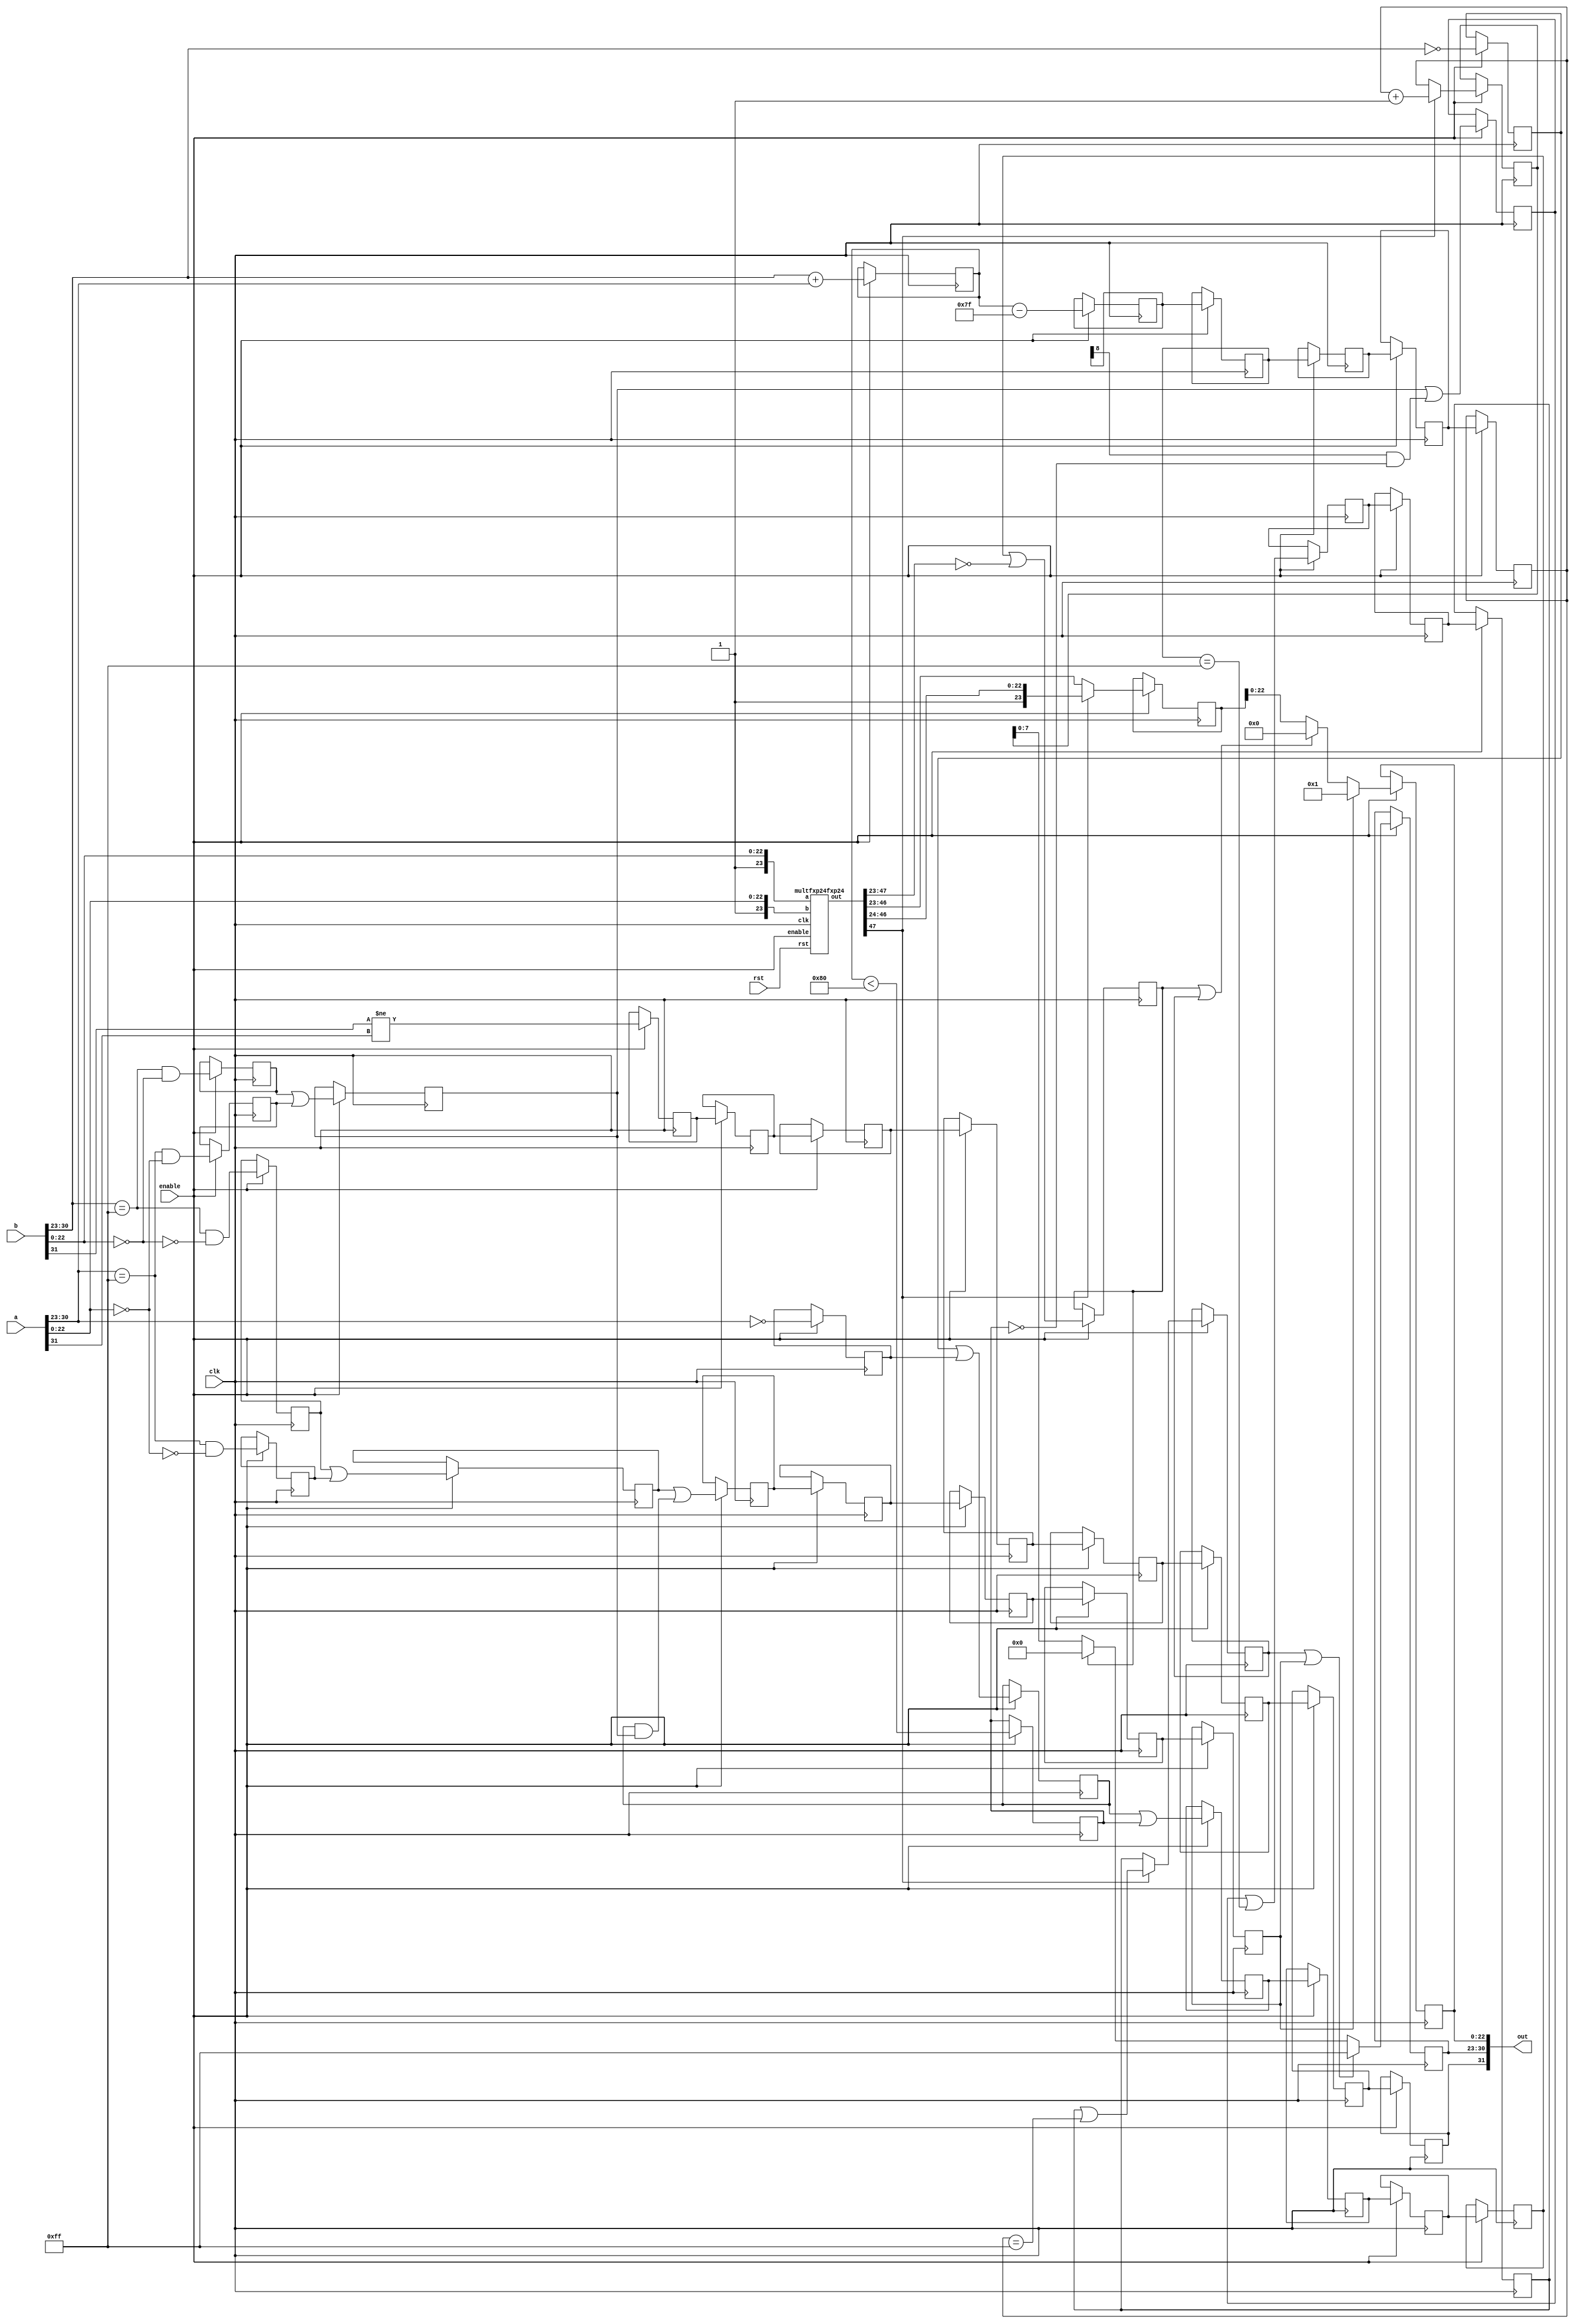
module multfp32fp32(clk, enable, rst, a, b, out);
   input [31:0] a, b;
   output [31:0] out;
   input  clk, enable, rst;

   wire signA, signB; 
   wire [7:0] expA, expB;
   wire [23:0] sigA, sigB;

   assign signA=b[31];
   assign expA=b[30:23];
   assign sigA={1'b1,b[22:0]};

   assign signB=a[31];
   assign expB=a[30:23];
   assign sigB={1'b1,a[22:0]};
   
   reg    signP_m0;
   reg [8:0] expP_m0;

   wire [47:0] mult_res0;
   
   
   multfxp24fxp24 mult(clk, enable, rst, sigA, sigB, mult_res0);

   reg         isNaN_a0, isNaN_b0, isZero_a0, isZero_b0, isInf_a0, isInf_b0;   

   wire        sigAZero, sigBZero;
   
   assign      sigAZero = (sigA[22:0] == 0);
   assign      sigBZero = (sigB[22:0] == 0);
      
   // stage 1 mult stage 1
   always@(posedge clk) if (enable) begin
      isNaN_a0 <= (expA == 8'hff) && !sigAZero;
      isNaN_b0 <= (expB == 8'hff) && !sigBZero;

      isZero_a0 <= (expA == 8'h00);
      isZero_b0 <= (expB == 8'h00);

      isInf_a0 <= (expA == 8'hff) && sigAZero;
      isInf_b0 <= (expB == 8'hff) && sigBZero;
      
      signP_m0 <= signA != signB;
      expP_m0 <= expA + expB;
   end 

   reg signP_m1, zero_m1, inf_m1, nan_m1, under_m1;
   reg [8:0] expP_m1;

   // stage 2 mult stage 2
   always@(posedge clk) if (enable) begin
      zero_m1 <= isZero_a0 || isZero_b0;
      inf_m1 <= isInf_a0 || isInf_b0;
      nan_m1 <= isNaN_a0 || isNaN_b0;
      under_m1 <= (expP_m0 < 128);
      
      signP_m1 <= signP_m0;
      expP_m1 <= expP_m0 - 127;
   end 

   reg signP_m2, zero_m2, inf_m2, nan_m2; 
   reg [8:0] expP_m2;

   // stage 3 mult stage 3
   always@(posedge clk) if (enable) begin
      zero_m2 <= zero_m1 || under_m1;
      inf_m2 <= (inf_m1 || (expP_m1[8] && ~under_m1));
      nan_m2 <= nan_m1 || (zero_m1 && inf_m1); // 0 * infty = NaN
            
      signP_m2<=signP_m1;      
      expP_m2<=expP_m1;
   end 

   reg signP_m3, zero_m3, inf_m3, nan_m3; 
   reg [8:0] expP_m3;

   // stage 4 mult stage 4
   always@(posedge clk) if (enable) begin
      zero_m3 <= zero_m2;
      inf_m3 <= (inf_m2 || (expP_m2 == 9'h0ff));
      nan_m3 <= nan_m2;
      
      signP_m3<=signP_m2;
      expP_m3<=expP_m2;
   end 

   reg signP_m4, zero_m4, inf_m4, nan_m4; 
   reg [8:0] expP_m4;

   // stage 5 mult stage 5
   always@(posedge clk) if (enable) begin
      zero_m4 <= zero_m3;
      inf_m4 <= inf_m3;
      nan_m4 <= nan_m3;
      
      signP_m4<=signP_m3;      
      expP_m4<=expP_m3;
   end

   reg signP_m5, zero_m5, inf_m5, nan_m5;
   reg [8:0] expP_m5;

   
   // stage 6 mult stage 6
   always@(posedge clk) if (enable) begin
      zero_m5 <= zero_m4;
      inf_m5 <= inf_m4;
      nan_m5 <= nan_m4;
      
      signP_m5<=signP_m4;      
      expP_m5 <= expP_m4;
      
   end

   reg signP_m6, zero_m6, inf_m6, nan_m6;   
   reg [8:0] expP_m6;
   reg [23:0] sig_m6;

   // stage 7 --  mult output here!
   // normalize product
   always@(posedge clk) if (enable) begin

      zero_m6 <= (zero_m5 || (mult_res0[47:23] == 0));
      nan_m6 <= nan_m5;      
      
      signP_m6 <= signP_m5;      

      if (mult_res0[47] == 1'b1) begin
        expP_m6 <= expP_m5+1;
        sig_m6 <= mult_res0[47:24];
        inf_m6 <= (inf_m5 || (expP_m5 == 9'h0ff));  
      end
      else begin
        expP_m6 <= expP_m5;
        sig_m6 <= mult_res0[46:23];
        inf_m6 <= inf_m5;   
      end  
   end

   reg signP_m7;
   reg [7:0] expP_m7;
   reg [22:0] sig_m7;
   
   // stage 8: cleanup
   always@(posedge clk) if (enable) begin
      signP_m7 <= signP_m6;
      if (inf_m6 || nan_m6)
        expP_m7 <= 8'hff;
      else if (zero_m6)
        expP_m7 <= 8'h00;
      else
        expP_m7 <= expP_m6;

      if (nan_m6)
        sig_m7 <= 1;
      else if (zero_m6 || inf_m6)
        sig_m7 <= 0;
      else
        sig_m7 <= sig_m6[22:0];      
   end

   assign out = {signP_m7, expP_m7, sig_m7};   
   
endmodule


module multfxp24fxp24(clk, enable, rst, a, b, out);
  parameter WIDTH=24, CYCLES=6;
  input  [WIDTH-1:0]   a,b;
  output [2*WIDTH-1:0] out;
  input                clk, rst,enable;
  reg [2*WIDTH-1:0]    q[CYCLES-1:0];
  integer              i;

  assign               out = q[CYCLES-1];

  always @(posedge clk) begin
    q[0] <= a * b;
    for (i = 1; i < CYCLES; i=i+1) begin
        q[i] <= q[i-1];
    end
  end
endmodule 


module subfp32(clk, enable, rst,  a, b, out);

   input [31:0] a, b;
   output [31:0] out;
   input   clk, enable, rst;  

   addfp32 xyz(.clk(clk), .enable(enable), .rst(rst),  .a(a), .b(b^32'h80000000), .out(out));
endmodule

module addfp32(clk, enable, rst,  a, b, out);

   input [31:0] a, b;
   output [31:0] out;
   input   clk, enable, rst;  

   wire [7:0] expA;
   wire [23:0] sigA;

   assign expA=a[30:23];
   assign sigA={1'b1,a[22:0]};
  
   wire [7:0] expB;
   wire [23:0] sigB;

   assign expB=b[30:23];
   assign sigB={1'b1,b[22:0]};

   reg [31:0] Big, Small;
   reg [7:0] expDiff;

   // stage 1 swap A, B
   always@(posedge clk) if (enable) begin
     if (expA>expB) begin
  // A has larger exp
        Big<=a;
       Small<=b;
        expDiff<=expA-expB;
     end else if (expA==expB) begin
        if (sigA>=sigB) begin
    // A has larger sig
          Big<=a;
         Small<=b;
          expDiff<=expA-expB;
        end else begin
          Small<=a;
         Big<=b;
          expDiff<=expB-expA;
        end
     end else begin
        Small<=a;
        Big<=b;
        expDiff<=expB-expA;
     end
  end

  wire signBig; 
  wire [7:0] expBig;
  wire [23:0] sigBig;

  assign signBig=Big[31];
  assign expBig=Big[30:23];
  assign sigBig=(expBig!=0)?{1'b1,Big[22:0]}:0;

  wire signSmall; 
  wire [7:0] expSmall;
  wire [23:0] sigSmall;

  assign signSmall=Small[31];
  assign expSmall=Small[30:23];
  assign sigSmall=(expDiff[7:5]||(expSmall==0))?0:(expDiff[4]?{16'h0000,1'b1,Small[22:16]}:{1'b1,Small[22:0]});

  reg signSum_a0; 
  reg [7:0] expSum_a0;
  reg [23:0] sigBig_a0;
  reg [23:0] sigSmall_a0;
  reg [3:0] expDiff_a0;
  reg add_a0;

  // stage 2 align addend coarse part 1 
  always@(posedge clk) if (enable) begin
    signSum_a0<=signBig;
    expSum_a0<=expBig;
    sigBig_a0<=sigBig;
    sigSmall_a0<=sigSmall;
    expDiff_a0<=expDiff[3:0];
    add_a0<=signSmall==signBig;
  end

  reg signSum_a1; 
  reg [7:0] expSum_a1;
  reg [23:0] sigBig_a1;
  reg [23:0] sigSmall_a1;
  reg [1:0] expDiff_a1;
  reg add_a1;

  // stage 3  align addend fine part 2
  always@(posedge clk) if (enable) begin
    signSum_a1<=signSum_a0;
    expSum_a1<=expSum_a0;
    sigBig_a1<=sigBig_a0;
    expDiff_a1<=expDiff_a0;
    add_a1<=add_a0;

    if (expDiff_a0[3:2]==2'b11) begin
      sigSmall_a1<={12'h000,sigSmall_a0[23:12]};
    end else if (expDiff_a0[3:2]==2'b10) begin
      sigSmall_a1<={8'h00,sigSmall_a0[23:8]};
    end else if (expDiff_a0[3:2]==2'b01) begin
      sigSmall_a1<={4'h0,sigSmall_a0[23:4]};
    end else begin 
      sigSmall_a1<=sigSmall_a0;
    end
  end


  reg signSum_a2; 
  reg [7:0] expSum_a2;
  reg [23:0] sigBig_a2;
  reg [23:0] sigSmall_a2;
  reg add_a2;

  // stage 4  align addend finest part 3
  always@(posedge clk) if (enable) begin
    signSum_a2<=signSum_a1;
    expSum_a2<=expSum_a1;
    sigBig_a2<=sigBig_a1;
    add_a2<=add_a1;

    if (expDiff_a1[1:0]==2'b11) begin
      sigSmall_a2<={3'h0,sigSmall_a1[23:3]};
    end else if (expDiff_a1[1:0]==2'b10) begin
      sigSmall_a2<={2'h0,sigSmall_a1[23:2]};
    end else if (expDiff_a1[1:0]==2'b01) begin
      sigSmall_a2<={1'h0,sigSmall_a1[23:1]};
    end else begin 
      sigSmall_a2<=sigSmall_a1;
    end
  end

  reg signSum_s0; 
  reg [8:0] expSum_s0;
  reg [24:0] sigSum_s0;
  reg of_s0;

  // stage 5  do addition/substraction
  always@(posedge clk) if (enable) begin
    signSum_s0<=signSum_a2;
    expSum_s0<={1'b0,expSum_a2};
    of_s0<=(expSum_a2==8'hff)?1:0;

    if (add_a2) begin 
      sigSum_s0<={1'b0,sigBig_a2}+{1'b0,sigSmall_a2};
    end else begin
      sigSum_s0<={1'b0,sigBig_a2}-{1'b0,sigSmall_a2};
    end
  end


  reg signSum_n0; 
  reg [8:0] expSum_n0;
  reg [23:0] sigSum_n0;
  reg of_n0;
  
  // stage 6  renormalize after add
  always@(posedge clk) if (enable) begin
    signSum_n0<=signSum_s0;
    if (sigSum_s0[24] && (!of_s0)) begin
      expSum_n0<=expSum_s0+1;
      sigSum_n0<=sigSum_s0[24:1];
      of_n0<=(expSum_s0==9'h0fe);
    end else begin
      expSum_n0<=expSum_s0;
      sigSum_n0<=sigSum_s0[23:0];
      of_n0<=of_s0;
    end
  end 

  reg signSum_n1; 
  reg [8:0] expSum_n1;
  reg [23:0] sigSum_n1;
  reg of_n1;

  // stage 7  renormalized after subtract coarse
  always@(posedge clk) if (enable) begin
    signSum_n1<=signSum_n0;
    of_n1<=of_n0;    

    if (sigSum_n0[23:16]==8'h00) begin
      expSum_n1<=expSum_n0-8;
      sigSum_n1<={sigSum_n0[16:0],8'h00};
    end else begin
      expSum_n1<=expSum_n0;
      sigSum_n1<=sigSum_n0;
    end
  end 

  reg signSum_n2; 
  reg [8:0] expSum_n2;
  reg [23:0] sigSum_n2;
  reg of_n2;

  // stage 8  
  always@(posedge clk) if (enable) begin
    signSum_n2<=signSum_n1;
    of_n2<=of_n1;

    if (sigSum_n1[23:16]==8'h00) begin
      expSum_n2<=expSum_n1-8;
      sigSum_n2<={sigSum_n1[16:0],8'h00};
    end else begin
      expSum_n2<=expSum_n1;
      sigSum_n2<=sigSum_n1;
    end
  end 

  reg signSum_n3; 
  reg [8:0] expSum_n3;
  reg [23:0] sigSum_n3;
  reg of_n3;

  // stage 9  
  always@(posedge clk) if (enable) begin
    signSum_n3<=signSum_n2;
    of_n3<=of_n2;

    if (sigSum_n2[23:20]==4'h0) begin
      expSum_n3<=expSum_n2-4;
      sigSum_n3<={sigSum_n2[20:0],4'h0};
    end else begin
      expSum_n3<=expSum_n2;
      sigSum_n3<=sigSum_n2;
    end
  end 


  reg signSum_n4;
  reg [8:0] expSum_n4;
  reg [23:0] sigSum_n4;
  reg of_n4;

  // stage 10  
  always@(posedge clk) if (enable) begin
    signSum_n4<=signSum_n3;
    of_n4<=of_n3;

    if (sigSum_n3[23:20]==4'h0) begin
      expSum_n4<=expSum_n3-4;
      sigSum_n4<={sigSum_n3[20:0],4'h0};
    end else if (sigSum_n3[23:21]==3'b000) begin
      expSum_n4<=expSum_n3-3;
      sigSum_n4<={sigSum_n3[21:0],3'h0};
    end else if (sigSum_n3[23:22]==2'b00) begin
      expSum_n4<=expSum_n3-2;
      sigSum_n4<={sigSum_n3[22:0],2'h0};
    end else if (sigSum_n3[23]==1'b0) begin
      expSum_n4<=expSum_n3-1;
      sigSum_n4<={sigSum_n3[22:0],1'h0};
    end else begin
      expSum_n4<=expSum_n3;
      sigSum_n4<=sigSum_n3;
    end
  end 

  reg signSum_f0; 
  reg [7:0] expSum_f0;
  reg [23:0] sigSum_f0;

  // stage 11 clean-up
  always@(posedge clk) if (enable) begin
    signSum_f0<=signSum_n4;

    if (of_n4) begin 
      expSum_f0<=8'hff;
      sigSum_f0<=0;
    end else if (expSum_n4[8]||(expSum_n4==0)||(sigSum_n4==0)) begin
      expSum_f0<=8'h00;
      sigSum_f0<=0;
    end else begin
      expSum_f0<=expSum_n4[7:0];
      sigSum_f0<=sigSum_n4;
    end
  end

  assign out={signSum_f0, expSum_f0, sigSum_f0[22:0]};

endmodule

module addfxp(a, b, q, clk);

   parameter width = 16, cycles=1;
   
   input signed [width-1:0]  a, b;
   input                     clk;   
   output signed [width-1:0] q;
   reg signed [width-1:0]    res[cycles-1:0];

   assign                    q = res[cycles-1];
   
   integer                   i;   
   
   always @(posedge clk) begin
     res[0] <= a+b;
      for (i=1; i < cycles; i = i+1)
        res[i] <= res[i-1];
      
   end
   
endmodule

module subfxp(a, b, q, clk);

   parameter width = 16, cycles=1;
   
   input signed [width-1:0]  a, b;
   input                     clk;   
   output signed [width-1:0] q;
   reg signed [width-1:0]    res[cycles-1:0];

   assign                    q = res[cycles-1];
   
   integer                   i;   
   
   always @(posedge clk) begin
     res[0] <= a-b;
      for (i=1; i < cycles; i = i+1)
        res[i] <= res[i-1];
      
   end
  
endmodule